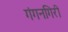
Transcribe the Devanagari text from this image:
गंगनगिरी